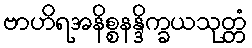
ဗာဟိရအနိစ္စနန္ဒိက္ခယသုတ္တံ